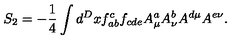
S _ { 2 } = - \frac { 1 } { 4 } \int d ^ { D } x f _ { a b } ^ { c } f _ { c d e } A _ { \mu } ^ { a } A _ { \nu } ^ { b } A ^ { d \mu } A ^ { e \nu } .